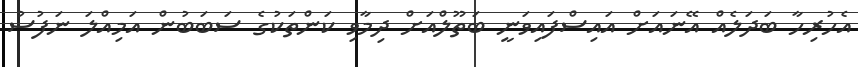
އެހުރިހާ ބަދަލެއް އޭނައަށް އައިސްފައިވަނީ ބަތޫލްއަށް ދިމާވި ކަންތަކުގެ ސަބަބުން އަމިއްލަ ނަފުސު